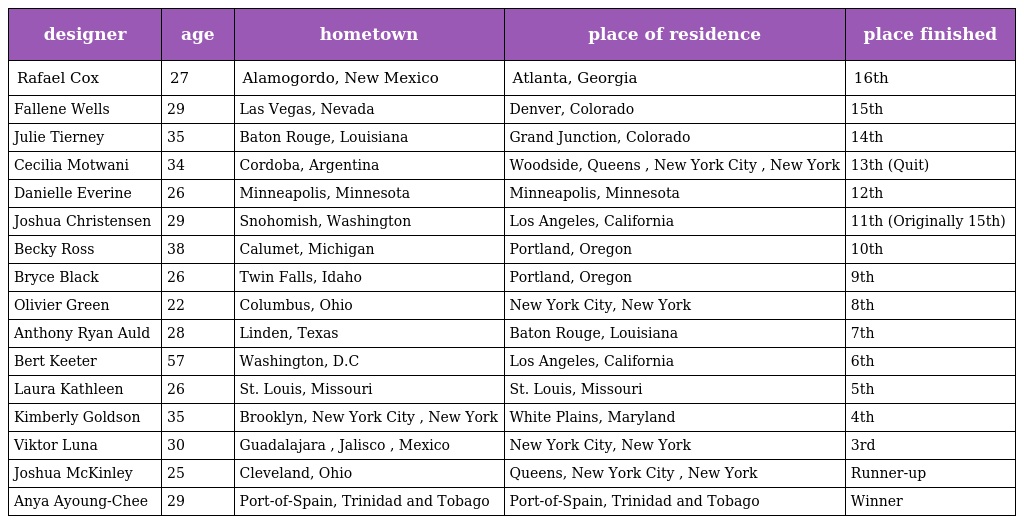
| designer | age | hometown | place of residence | place finished |
 | --- | --- | --- | --- | --- |
 | Rafael Cox | 27 | Alamogordo, New Mexico | Atlanta, Georgia | 16th |
 | Fallene Wells | 29 | Las Vegas, Nevada | Denver, Colorado | 15th |
 | Julie Tierney | 35 | Baton Rouge, Louisiana | Grand Junction, Colorado | 14th |
 | Cecilia Motwani | 34 | Cordoba, Argentina | Woodside, Queens , New York City , New York | 13th (Quit) |
 | Danielle Everine | 26 | Minneapolis, Minnesota | Minneapolis, Minnesota | 12th |
 | Joshua Christensen | 29 | Snohomish, Washington | Los Angeles, California | 11th (Originally 15th) |
 | Becky Ross | 38 | Calumet, Michigan | Portland, Oregon | 10th |
 | Bryce Black | 26 | Twin Falls, Idaho | Portland, Oregon | 9th |
 | Olivier Green | 22 | Columbus, Ohio | New York City, New York | 8th |
 | Anthony Ryan Auld | 28 | Linden, Texas | Baton Rouge, Louisiana | 7th |
 | Bert Keeter | 57 | Washington, D.C | Los Angeles, California | 6th |
 | Laura Kathleen | 26 | St. Louis, Missouri | St. Louis, Missouri | 5th |
 | Kimberly Goldson | 35 | Brooklyn, New York City , New York | White Plains, Maryland | 4th |
 | Viktor Luna | 30 | Guadalajara , Jalisco , Mexico | New York City, New York | 3rd |
 | Joshua McKinley | 25 | Cleveland, Ohio | Queens, New York City , New York | Runner-up |
 | Anya Ayoung-Chee | 29 | Port-of-Spain, Trinidad and Tobago | Port-of-Spain, Trinidad and Tobago | Winner |